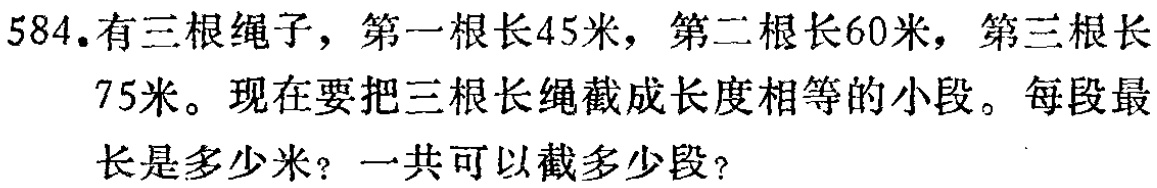
584. 有三根绳子，第一根长45米，第二根长60米，第三根长75米。现在要把三根长绳截成长度相等的小段。每段最长是多少米？一共可以截多少段？